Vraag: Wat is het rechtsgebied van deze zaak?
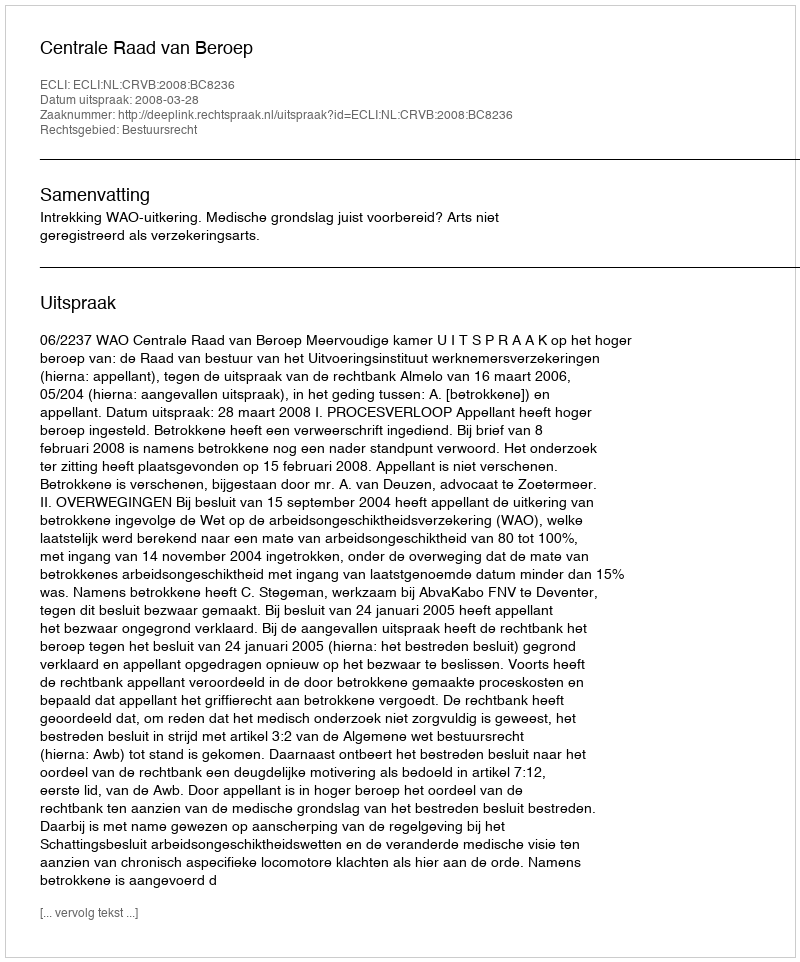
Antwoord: Bestuursrecht